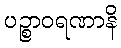
ပဉ္စာဝရဏာနိ